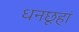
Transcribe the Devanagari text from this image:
धनछूहां